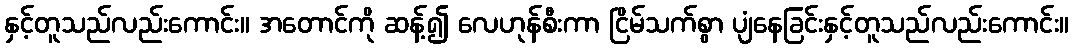
နှင့်တူသည်လည်းကောင်း။ အတောင်ကို ဆန့်၍ လေဟုန်စီးကာ ငြိမ်သက်စွာ ပျံနေခြင်းနှင့်တူသည်လည်းကောင်း။